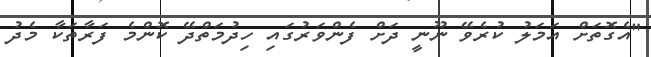
"އެގޮތަށް އަމަލު ކުރެވޭ ނޫނީ ދަށް ފެންވަރުގައި ހިދުމަތްދޭ ކޮންމެ ފަރާތަކާ މެދު